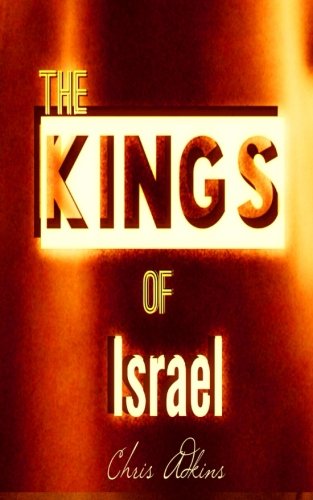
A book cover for The Kings Of Israel: Timeline And List Of The Kings Of Israel In Order; Chris Adkins; Christian Books & Bibles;